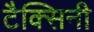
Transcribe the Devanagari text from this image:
टैक्सिनी